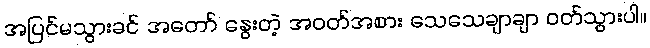
အပြင်မသွားခင် အတော် နွေးတဲ့ အဝတ်အစား သေသေချာချာ ဝတ်သွားပါ။